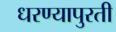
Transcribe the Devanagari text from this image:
धरण्यापुरती